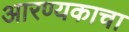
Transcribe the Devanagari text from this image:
आरण्यकाचा